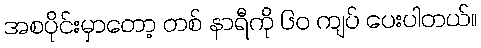
အစပိုင်းမှာတော့ တစ် နာရီကို ၆၀ ကျပ် ပေးပါတယ်။